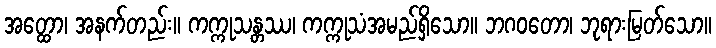
အတ္ထော၊ အနက်တည်း။ ကက္ကုသန္တဿ၊ ကက္ကုသံအမည်ရှိသော။ ဘဂဝတော၊ ဘုရားမြတ်သော။